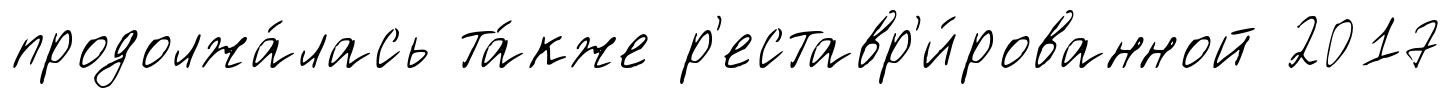
продолжа́лась та́кже р'еставр'и́рованной 2017